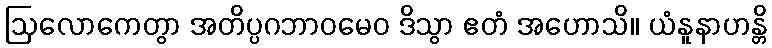
ဩလောကေတွာ အတိပ္ပဂဘာဝမေဝ ဒိသွာ ဧတံ အဟောသိ။ ယံနူနာဟန္တိ